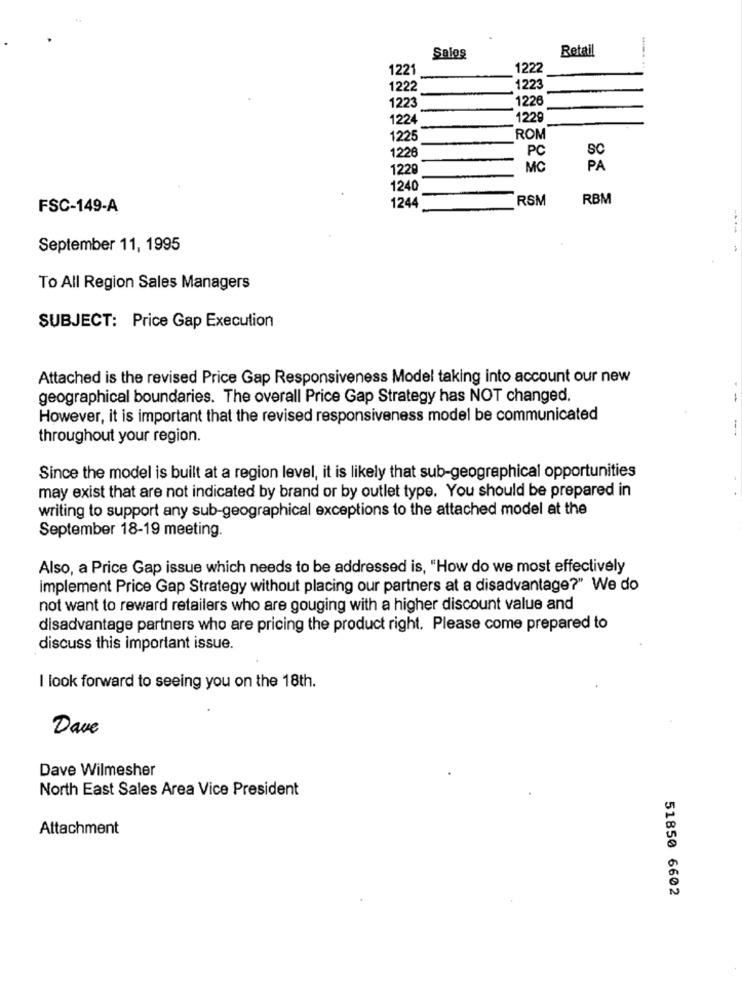
Retail
Sales
1221
1222
1222
122
1223
1226
1224
1229
122
ROM
1226
PC
SC
122
MC
PA
1240
RSM
RBM
FSC-149-A
1244
September 11, 1995
To All Region Sales Managers
SUBJECT: Price Gap Execution
Attached is the revised Price Gap Responsiveness Model taking into account our new
geographical boundaries. The overall Price Gap Strategy has NOT changed.
However, it is important that the revised responsiveness model be communicated
throughout your region.
Since the model is built at a region level, it is likely that sub-geographical opportunities
may exist that are not indicated by brand or by outlet type. You should be prepared in
writing to support any sub-geographical exceptions to the attached model at the
September 18-19 meeting.
Also, a Price Gap issue which needs to be addressed is, "How do we most effectively
implement Price Gap Strategy without placing our partners at a disadvantage?" We do
not want to reward retailers who are gouging with a higher discount value and
disadvantage partners who are pricing the product right. Please come prepared to
discuss this important issue.
I look forward to seeing you on the 18th.
Dave
Dave Wilmesher
North East Sales Area Vice President
Attachment
51850 6602